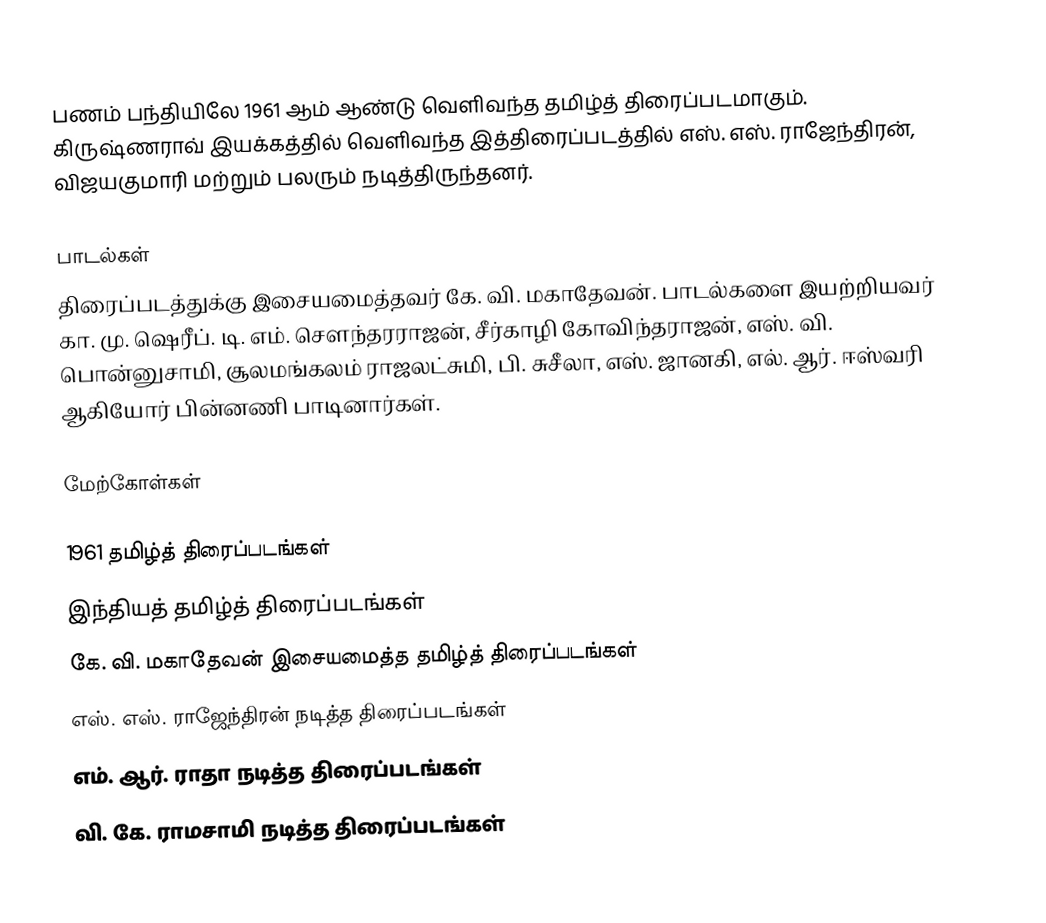
பணம் பந்தியிலே 1961 ஆம் ஆண்டு வெளிவந்த தமிழ்த் திரைப்படமாகும். கிருஷ்ணராவ் இயக்கத்தில் வெளிவந்த இத்திரைப்படத்தில் எஸ். எஸ். ராஜேந்திரன், விஜயகுமாரி மற்றும் பலரும் நடித்திருந்தனர்.

பாடல்கள்
திரைப்படத்துக்கு இசையமைத்தவர் கே. வி. மகாதேவன். பாடல்களை இயற்றியவர் கா. மு. ஷெரீப். டி. எம். சௌந்தரராஜன், சீர்காழி கோவிந்தராஜன், எஸ். வி. பொன்னுசாமி, சூலமங்கலம் ராஜலட்சுமி, பி. சுசீலா, எஸ். ஜானகி, எல். ஆர். ஈஸ்வரி ஆகியோர் பின்னணி பாடினார்கள்.

மேற்கோள்கள்

1961 தமிழ்த் திரைப்படங்கள்
இந்தியத் தமிழ்த் திரைப்படங்கள்
கே. வி. மகாதேவன் இசையமைத்த தமிழ்த் திரைப்படங்கள்
எஸ். எஸ். ராஜேந்திரன் நடித்த திரைப்படங்கள்
எம். ஆர். ராதா நடித்த திரைப்படங்கள்
வி. கே. ராமசாமி நடித்த திரைப்படங்கள்